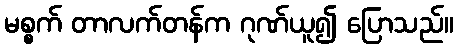
မစ္စက် တာလက်တန်က ဂုဏ်ယူ၍ ပြောသည်။